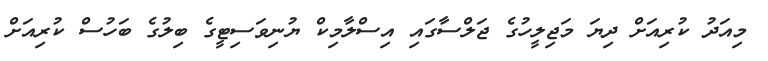
މިއަދު ކުރިއަށް ދިޔަ މަޖިލީހުގެ ޖަލްސާގައި އިސްލާމިކް ޔުނިވަސިޓީގެ ބިލުގެ ބަހުސް ކުރިއަށް